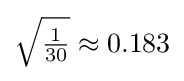
{\sqrt {\tfrac {1}{30}}}\approx 0.183